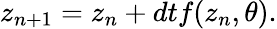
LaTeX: z_{n+1}=z_{n}+dtf(z_{n},\theta).